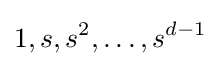
1,s,s^{2},\ldots ,s^{d-1}